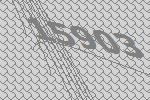
15903